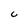
Character: C